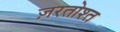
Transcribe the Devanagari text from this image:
ज़रतोश्त